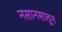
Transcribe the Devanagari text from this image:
नसानसातून